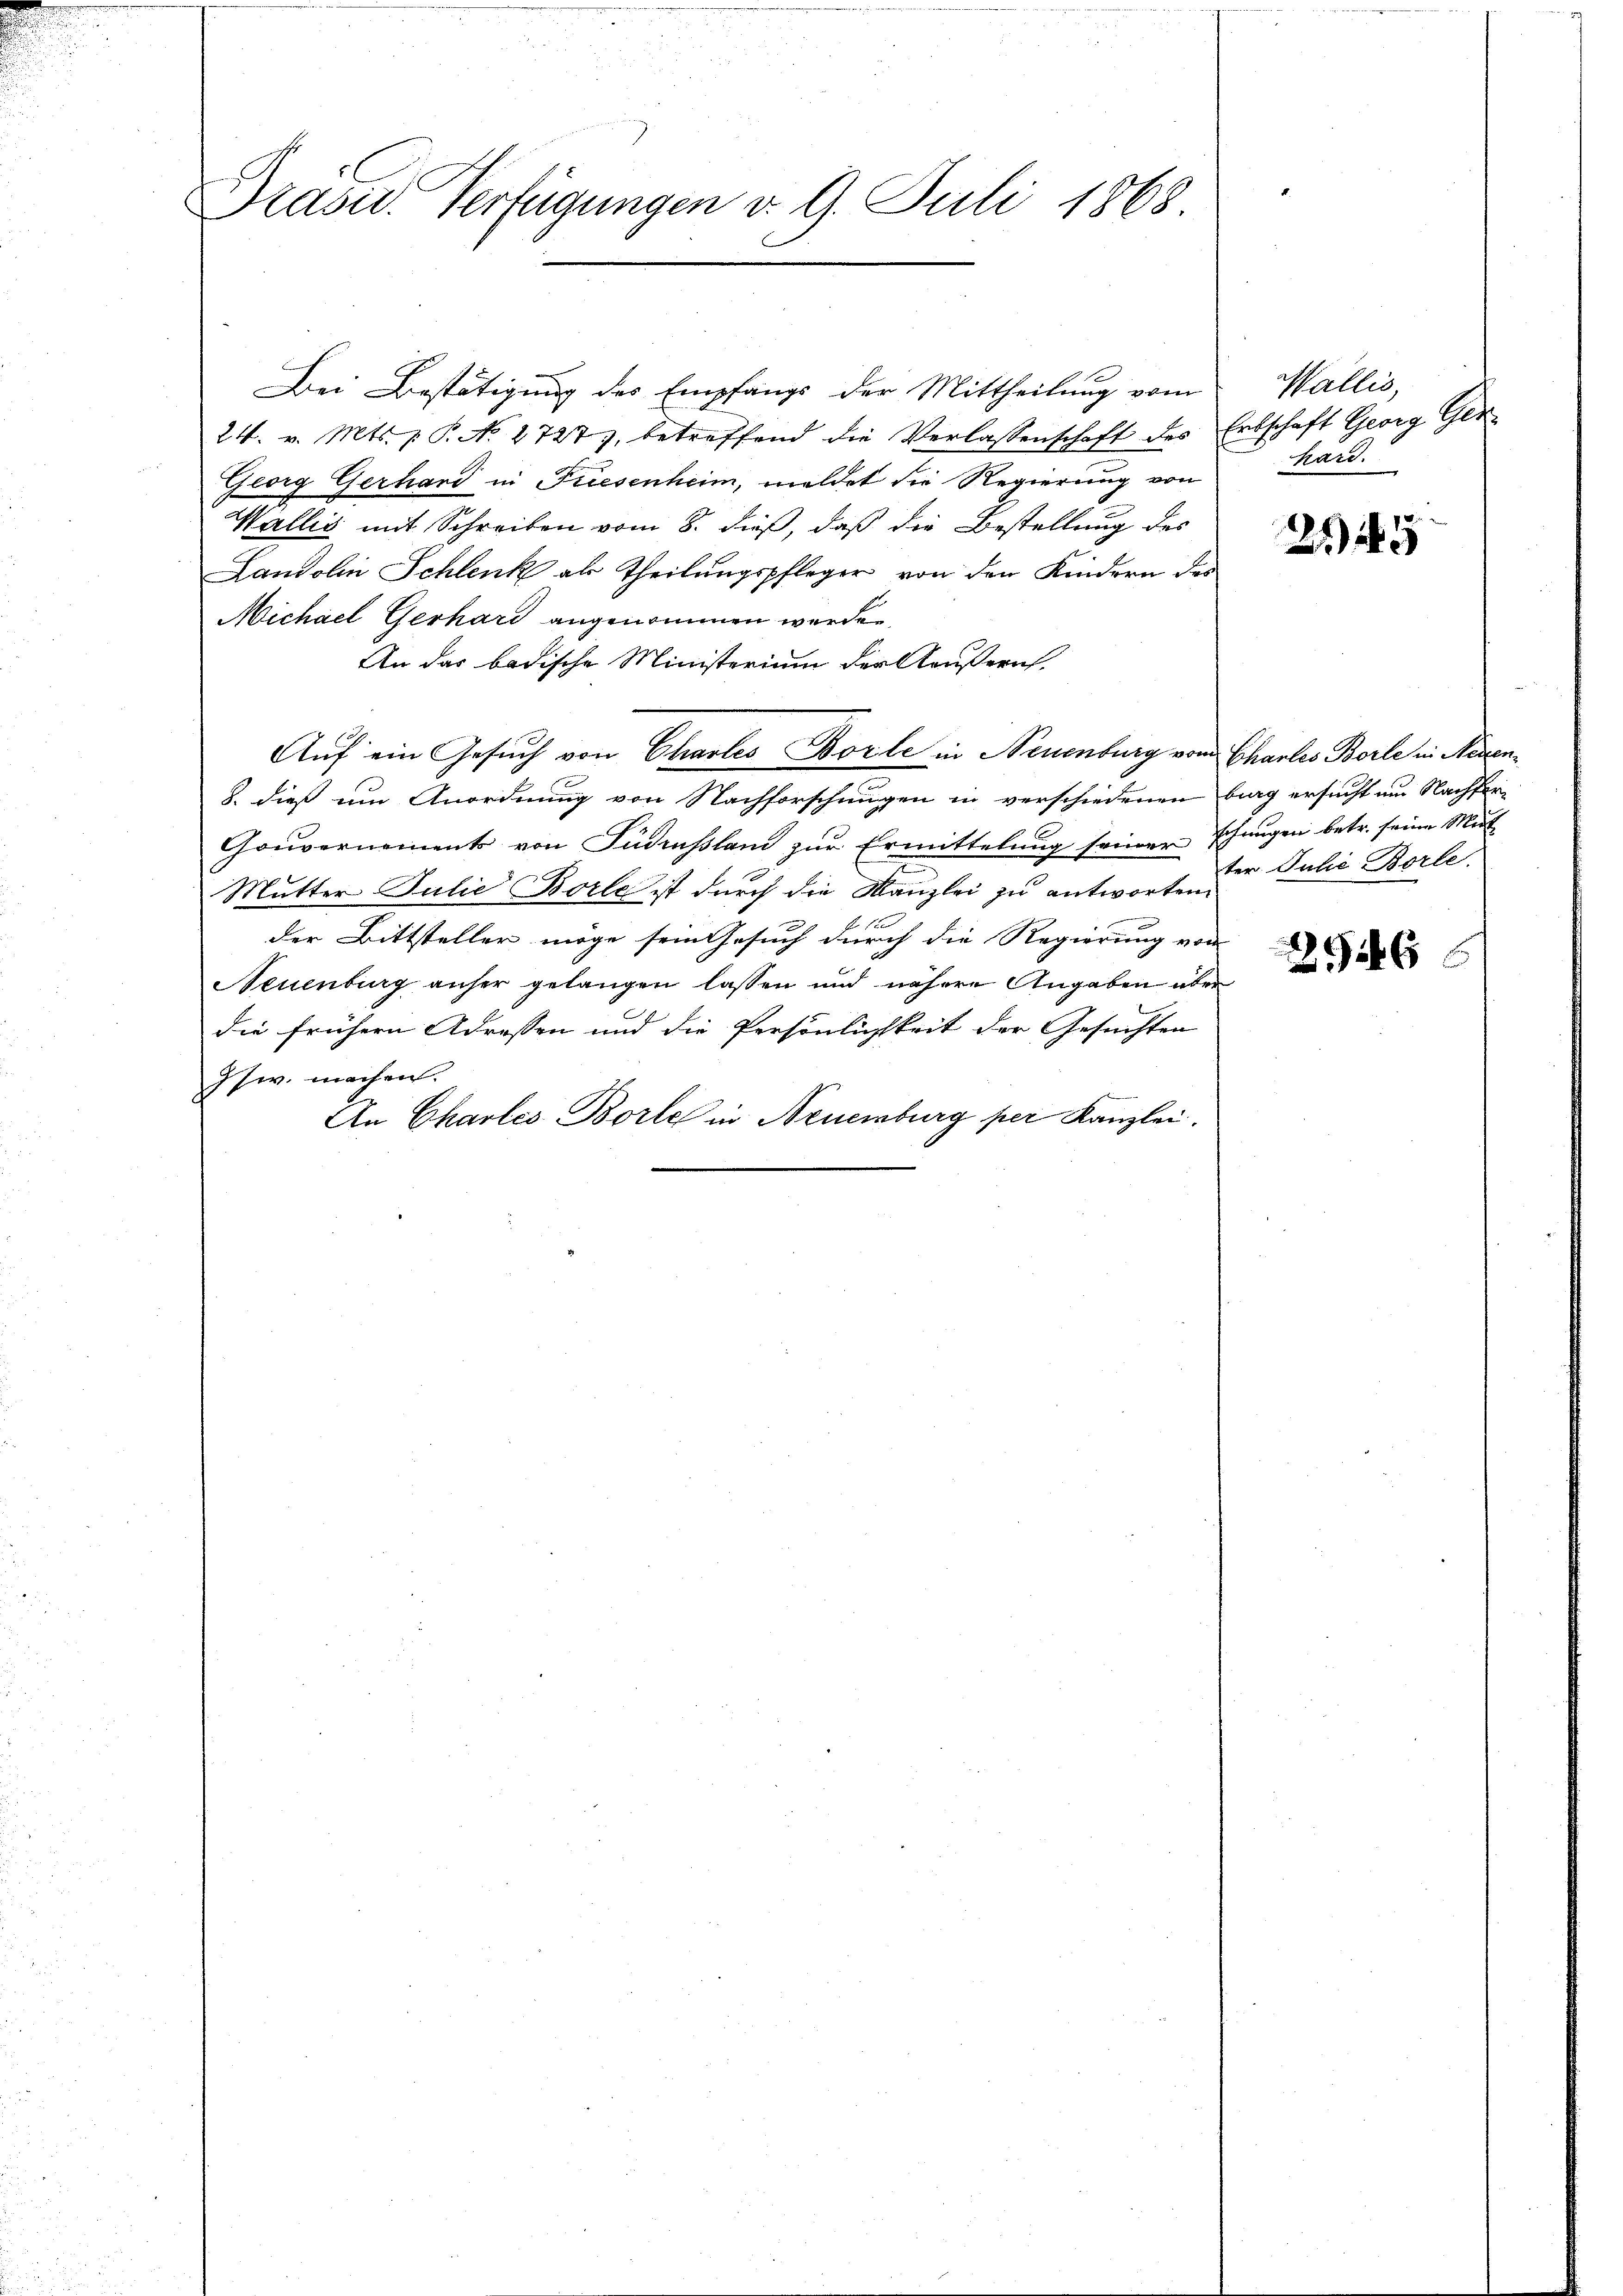
Präsid. Verfügungen v. 9. Juli 1868.

Bei Bestätigung des Empfangs der Mittheilung vom
24. v. Mts. v. P. No. 2727), betreffend die Verlassenschaft des Erbschaft Georg Ger
Georg Gerhard in Fresenheim, meldet die Regierung von
Wallis mit Schreiben vom 8. dieß, daß die Bestellung des
Landolin Schlenk als Theilungspfleger von den Kindern des
Michael Gerhard angenommen werden.
An das badische Ministerium der Aeußern.
Auf ein Gesuch von Chartes Borle in Neuenburg von Charlos Borle in Nesen¬
8. dieß um Anordnung von Nachforschungen in verschiedenen burg ersucht am Nachfor¬
Gouvernements von Südrussland zŭr Ermittelŭng seiner Phangen betr. seine Mut-
Mutter Julie Borle ist durch die Kanzlei zu antworten,
No 100
der Bittsteller möge sein Gesuch durch die Regierung von
Neuenburg anher gelangen lassen und nähere Angaben aber
die frühern Adressen und die Persönlichkeit der Gesuchten
Jsw. machen.
An Charles-Borle in Neuenburg per Kanzlei.

Wallis,
hard.

245

ter Julie Borle

546